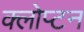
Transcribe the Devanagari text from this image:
क्लोप्टन